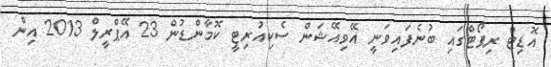
އޮޑިޓް ރިޕޯޓްގައި ބުނެފައިވަނީ އޭވިއޭޝަން ސެކިއުރިޓީ ކޮމާންޑުން 23 އޭޕްރީލް 2013 އިން